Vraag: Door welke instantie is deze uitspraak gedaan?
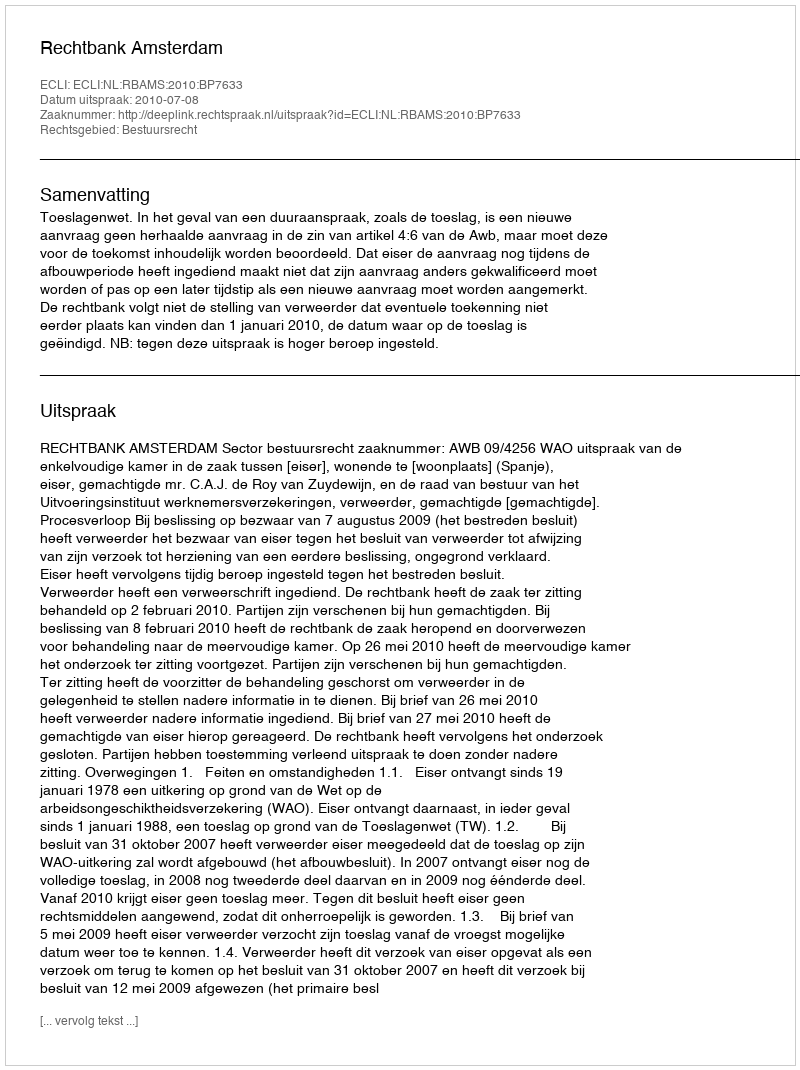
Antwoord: Rechtbank Amsterdam